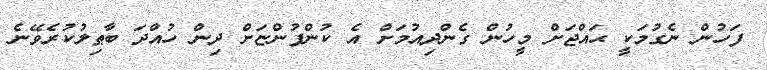
ފަހުން ނެގުމަކީ ޙައްޖަށް މީހުން ގެންދިއުމަށް އެ ކުންފުންޏަށް ދިން ހުއްދަ ބާޠިލުކުރެވޭނެ